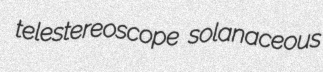
telestereoscope solanaceous